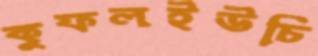
কুফলইউচি